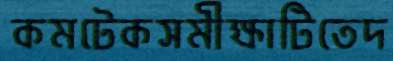
কমটেকসমীক্ষাটিতেদ